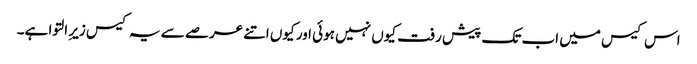
اس کیس میں اب تک پیش رفت کیوں نہیں ہوئی اور کیوں اتنے عرصے سے یہ کیس زیرِ التوا ہے۔